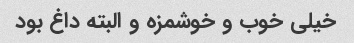
خیلی خوب و خوشمزه و البته داغ بود